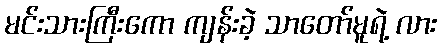
မင်းသားကြီးကော ကျန်းခဲ့ သာတော်မူရဲ့ လား